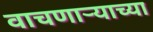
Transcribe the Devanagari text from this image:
वाचणाऱ्याच्या